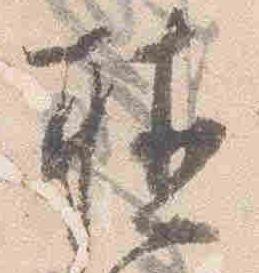
聴